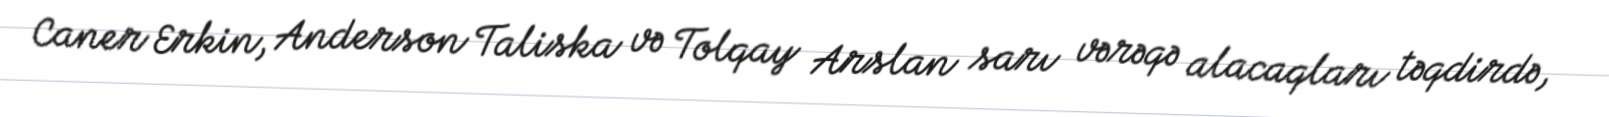
Caner Erkin, Anderson Taliska və Tolqay Arslan sarı vərəqə alacaqları təqdirdə,